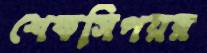
শেকসিপয়র